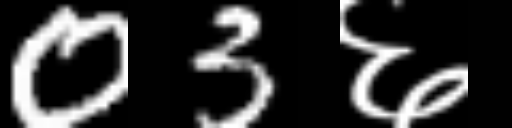
Text: 03६